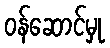
ဝန်ဆောင်မှု